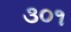
૩૦૧